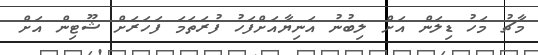
މާޗު މަހު ޑިލަން އަށް ލިބުނު އަނިޔާއަށްފަހު ފުރަތަމަ ފަހަރަށް ޝޫޓިން އަށް